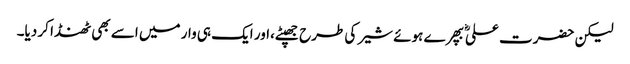
لیکن حضرت علیؓ بپھرے ہوئے شیر کی طرح جھپٹے،اور ایک ہی وار میں اسے بھی ٹھنڈا کر دیا۔